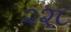
૨૨૮